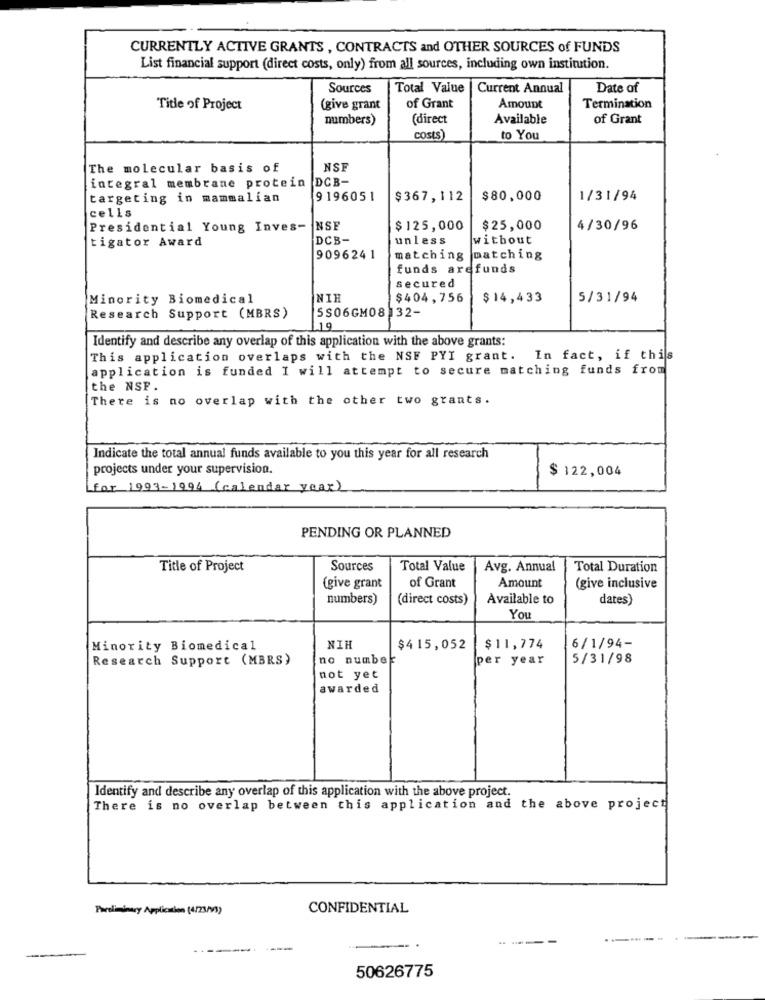
CURRENTLY ACTIVE GRANTS , CONTRACTS and OTHER SOURCES of FUNDS
List financial support (direct costs, only) from all sources, including own institution.
Sources
Total Value
| Current Annual
Date of
Title of Project
(give grant
of Grant
Amount
Termination
numbers)
(direct
Available
of Grant
costs)
to You
The molecular basis of
NSF
integral membrane protein DCB-
targeting in mammalian
9196051
$367,112
$80,000
1/31/94
cells
Presidential Young Inves-
INSF
$125,000
$25,000
4/30/96
tigator Award
DCB-
unless
without
9096241
matching matching
funds arefunds
secured
Minority Biomedical
NIE
$404,756
$14,433
5/31/94
SS06GM08 132-
Research Support (MBRS)
19
Identify and describe any overlap of this application with the above grants:
This application overlaps with the NSF PYI grant. In fact, if this
application is funded I will attempt to secure matching funds from
the NSP .
There is no overlap with the other two grants.
Indicate the total annual funds available to you this year for all research
projects under your supervision.
$ 122,004
for 1993-1994 (calendar year)
PENDING OR PLANNED
Title of Project
Sources
Total Value
Avg. Annual
Total Duration
(give grant
of Grant
Amount
(give inclusive
numbers)
(direct costs)
Available to
dates)
You
6/1/94-
Minority Biomedical
NIH
$415,052
$11,774
Research Support (MBRS)
no number
per year
5/31/98
not yet
awarded
Identify and describe any overlap of this application with the above project.
There is no overlap between this application and the above project
Pareliminacy Application (4/23/0)
CONFIDENTIAL
-----
------.
-
50626775